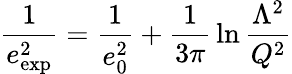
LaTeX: {\frac{1}{e_{\mathrm{exp}}^{2}}}={\frac{1}{e_{0}^{2}}}+{\frac{1}{3\pi}}\ln{\frac{\Lambda^{2}}{Q^{2}}}